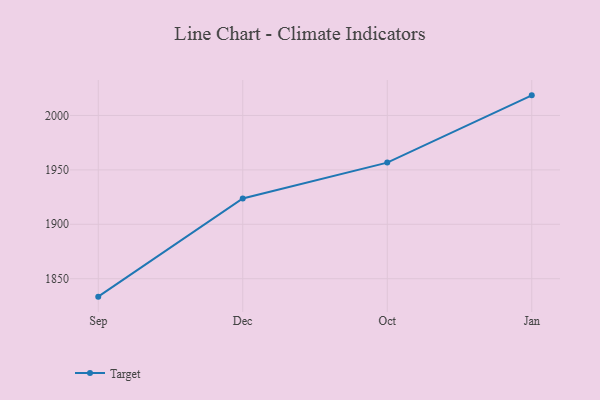
{"axis": {"x": "Month", "y": "Website Visitors"}, "legend": ["Target"], "data": [{"x": "Sep", "y": 1833.5, "type": "Target"}, {"x": "Dec", "y": 1923.7, "type": "Target"}, {"x": "Oct", "y": 1956.7, "type": "Target"}, {"x": "Jan", "y": 2018.5, "type": "Target"}]}